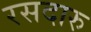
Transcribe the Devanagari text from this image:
रसदारु